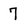
Character: 7